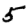
Digit: 5